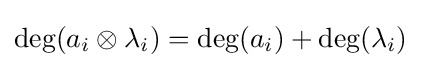
\deg(a_{i}\otimes \lambda _{i})=\deg(a_{i})+\deg(\lambda _{i})